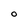
Character: O